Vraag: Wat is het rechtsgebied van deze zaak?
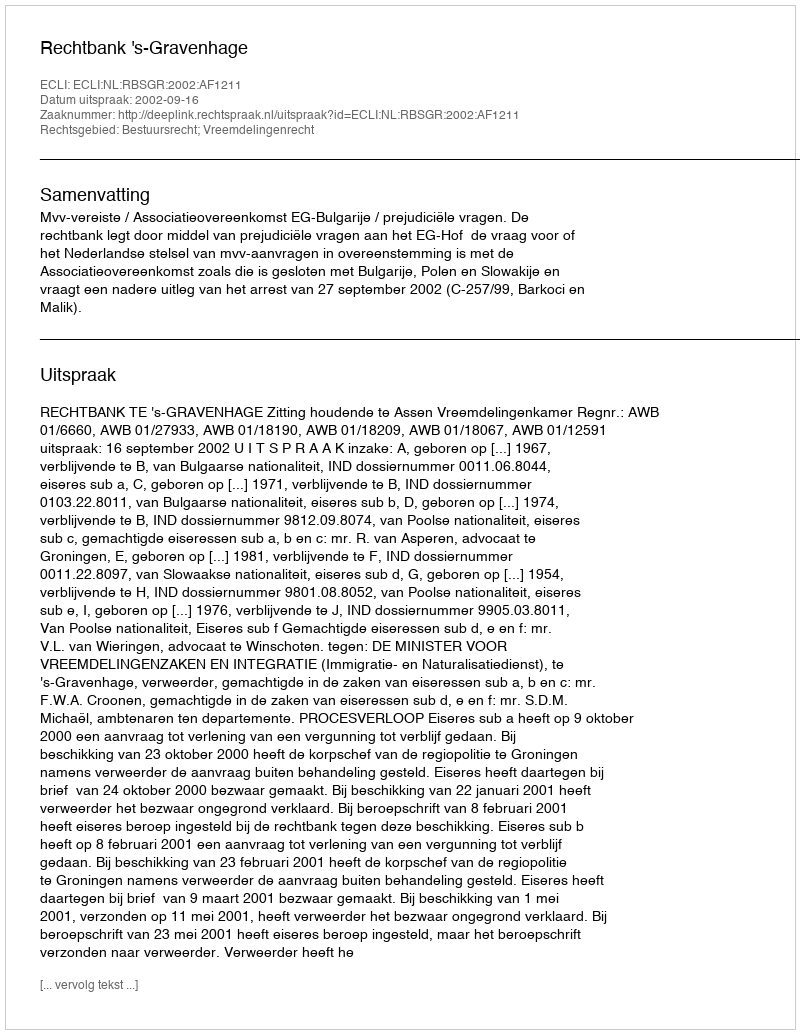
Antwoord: Bestuursrecht; Vreemdelingenrecht